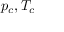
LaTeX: p _ { c } , T _ { c }